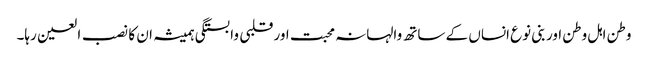
وطن اہل وطن اور بنی نوع انساں کے ساتھ والہانہ محبت اور قلبی وابستگی ہمیشہ ان کا نصب العین رہا۔